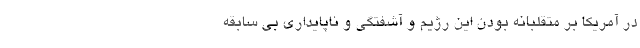
در آمریکا بر متقلبانه بودن این رژیم و آشفتگی و ناپایداری بی سابقه